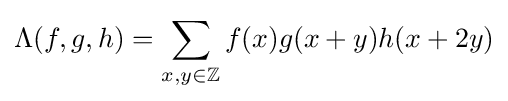
\Lambda (f,g,h)=\sum _{x,y\in \mathbb {Z} }f(x)g(x+y)h(x+2y)